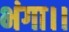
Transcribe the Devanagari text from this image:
भंगा।।